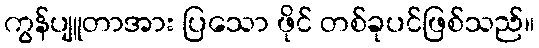
ကွန်ပျူတာအား ပြသော ဖိုင် တစ်ခုပင်ဖြစ်သည်။